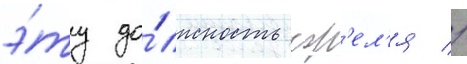
э́ту до́лжность сор'ел'я //